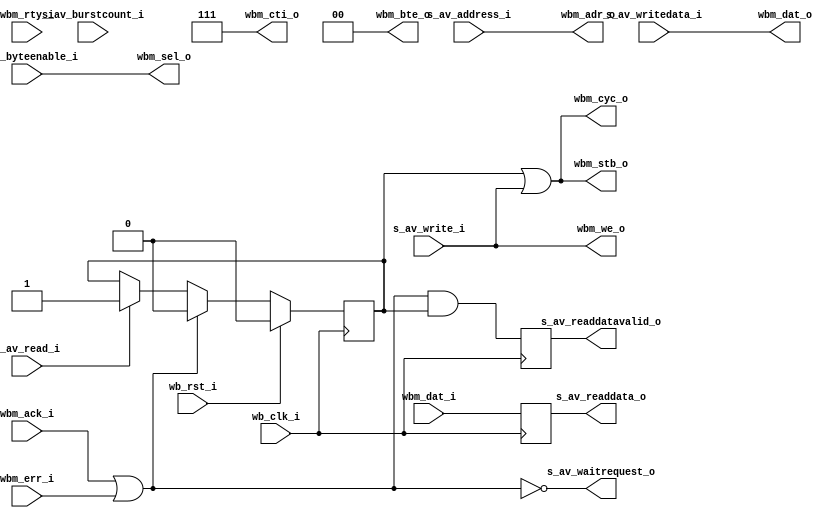
/*
 * Copyright (c) 2013, Stefan Kristiansson <stefan.kristiansson@saunalahti.fi>
 * All rights reserved.
 *
 * Redistribution and use in source and non-source forms, with or without
 * modification, are permitted provided that the following conditions are met:
 *     * Redistributions of source code must retain the above copyright
 *       notice, this list of conditions and the following disclaimer.
 *     * Redistributions in non-source form must reproduce the above copyright
 *       notice, this list of conditions and the following disclaimer in the
 *       documentation and/or other materials provided with the distribution.
 *
 * THIS WORK IS PROVIDED BY THE COPYRIGHT HOLDERS AND CONTRIBUTORS "AS IS"
 * AND ANY EXPRESS OR IMPLIED WARRANTIES, INCLUDING, BUT NOT LIMITED TO,
 * THE IMPLIED WARRANTIES OF MERCHANTABILITY AND FITNESS FOR A PARTICULAR
 * PURPOSE ARE DISCLAIMED. IN NO EVENT SHALL THE COPYRIGHT HOLDER OR
 * CONTRIBUTORS BE LIABLE FOR ANY DIRECT, INDIRECT, INCIDENTAL, SPECIAL,
 * EXEMPLARY, OR CONSEQUENTIAL DAMAGES (INCLUDING, BUT NOT LIMITED TO,
 * PROCUREMENT OF SUBSTITUTE GOODS OR SERVICES;
 * LOSS OF USE, DATA, OR PROFITS; OR BUSINESS INTERRUPTION) HOWEVER CAUSED AND
 * ON ANY THEORY OF LIABILITY, WHETHER IN CONTRACT, STRICT LIABILITY, OR TORT
 * (INCLUDING NEGLIGENCE OR OTHERWISE) ARISING IN ANY WAY OUT OF THE USE OF THIS
 * WORK, EVEN IF ADVISED OF THE POSSIBILITY OF SUCH DAMAGE.
 */

module avalon_to_wb_bridge #(
	parameter DW = 32,	// Data width
	parameter AW = 32	// Address width
)(
	input 		  wb_clk_i,
	input 		  wb_rst_i,
	// Avalon Slave input
	input [AW-1:0] 	  s_av_address_i,
	input [DW/8-1:0]  s_av_byteenable_i,
	input 		  s_av_read_i,
	output [DW-1:0]   s_av_readdata_o,
	input [7:0] 	  s_av_burstcount_i,
	input 		  s_av_write_i,
	input [DW-1:0] 	  s_av_writedata_i,
	output 		  s_av_waitrequest_o,
	output 		  s_av_readdatavalid_o,
	// Wishbone Master Output
	output [AW-1:0]   wbm_adr_o,
	output [DW-1:0]   wbm_dat_o,
	output [DW/8-1:0] wbm_sel_o,
	output 		  wbm_we_o,
	output 		  wbm_cyc_o,
	output 		  wbm_stb_o,
	output [2:0] 	  wbm_cti_o,
	output [1:0] 	  wbm_bte_o,
	input [DW-1:0] 	  wbm_dat_i,
	input 		  wbm_ack_i,
	input 		  wbm_err_i,
	input 		  wbm_rty_i
);

reg read_access;

always @(posedge wb_clk_i)
	if (wb_rst_i)
		read_access <= 0;
	else if (wbm_ack_i | wbm_err_i)
		read_access <= 0;
	else if (s_av_read_i)
		read_access <= 1;

reg readdatavalid;
reg [DW-1:0] readdata;
always @(posedge wb_clk_i) begin
	readdatavalid <= (wbm_ack_i | wbm_err_i) & read_access;
	readdata <= wbm_dat_i;
end

assign wbm_adr_o = s_av_address_i;
assign wbm_dat_o = s_av_writedata_i;
assign wbm_sel_o =  s_av_byteenable_i;
assign wbm_we_o = s_av_write_i;
assign wbm_cyc_o = read_access | s_av_write_i;
assign wbm_stb_o = read_access | s_av_write_i;
assign wbm_cti_o = 3'b111; // TODO: support burst accesses
assign wbm_bte_o = 2'b00;
assign s_av_waitrequest_o = !(wbm_ack_i | wbm_err_i);
assign s_av_readdatavalid_o = readdatavalid;
assign s_av_readdata_o = readdata;

endmodule